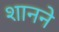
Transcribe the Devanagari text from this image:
शानने